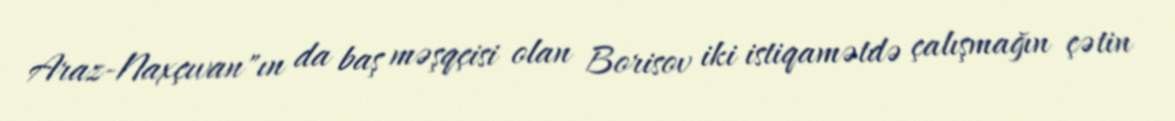
Araz-Naxçıvan"ın da baş məşqçisi olan Borisov iki istiqamətdə çalışmağın çətin